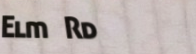
Elm Rd